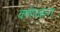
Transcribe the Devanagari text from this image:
वर्षणकण